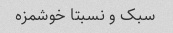
سبک و نسبتا خوشمزه